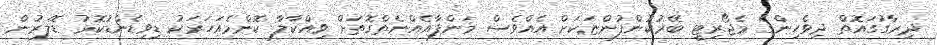
ދިރާގުގައޮތް ދިވެހިންގެ މެޖޯރިޓީ ބޭރުކުންފުންޏަކަށް އެއްވެސް މަންފާއެއްނެތްގޮތަށް ވިއްކާލާ ކޮންމެއަހަރަކު ޑިވިޑެންޑުކޮޅު ޑޮލަރުން